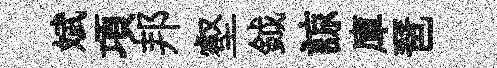
斌項邦壑鉞諒庫琶